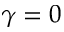
\gamma = 0